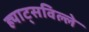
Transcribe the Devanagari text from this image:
ह्याट्सविल्ले